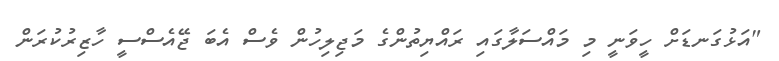
"އަޅުގަނޑަށް ހީވަނީ މި މައްސަލާގައި ރައްޔިތުންގެ މަޖިލިހުން ވެސް އެބަ ޖޭއެސްސީ ހާޒިރުކުރަން